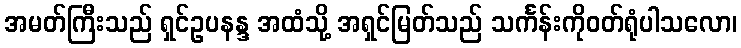
အမတ်ကြီးသည် ရှင်ဥပနန္ဒ အထံသို့ အရှင်မြတ်သည် သင်္ကန်းကိုဝတ်ရုံပါသလော၊